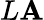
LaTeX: L\mathbf{A}